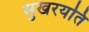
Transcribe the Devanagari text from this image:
मुखरयति